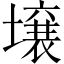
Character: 壌